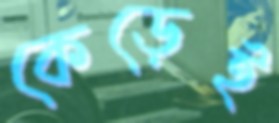
কেড়েই